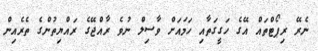
ނެރޭ ރިޕޯޓްތައް އޭގެ ހަގީގަތާއި ހަމައަށް ވާސިލް ނުވެ ރާއްޖޭގެ ރައްޔިތުންގެ ތެރެއިން